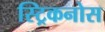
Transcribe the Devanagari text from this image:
स्ट्रिकनोस